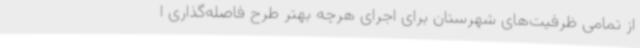
از تمامی ظرفیت‌های شهرستان برای اجرای هرچه بهتر طرح فاصله‌گذاری ا